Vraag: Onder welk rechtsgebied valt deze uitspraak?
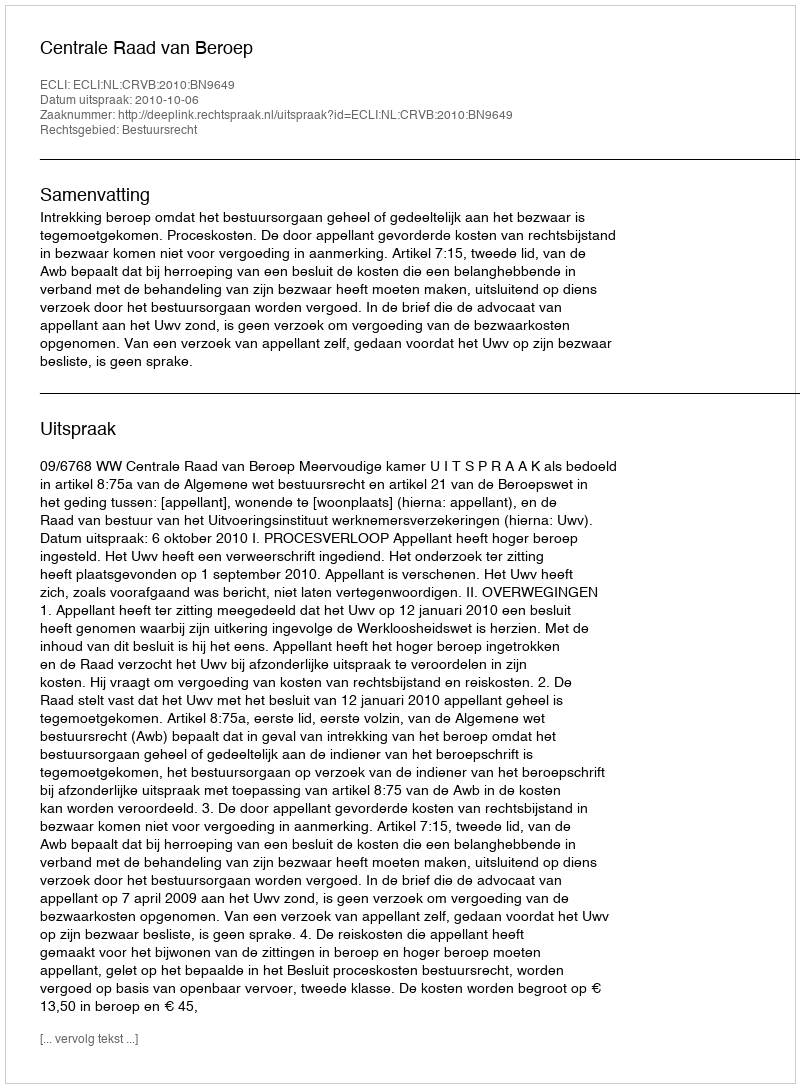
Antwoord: Bestuursrecht